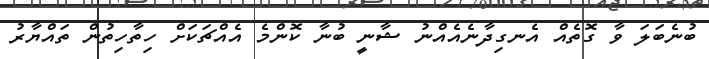
ބުނެބަލަ ވާ ގޮތެއް އެނގިދާނެއެއްނު ޝާނީ ބުނާ ކޮންމެ އެއްޗަކަށް ހިތާހިތުން ތައްޔާރު